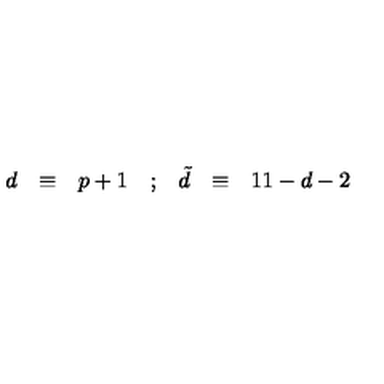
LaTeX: \begin{array} { c c c c c c c } { d } & { \equiv } & { p + 1 } & { ; } & { { \tilde { d } } } & { \equiv } & { 1 1 - d - 2 } \\ \end{array}